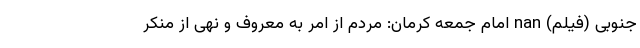
جنوبی (فیلم) nan امام جمعه کرمان: مردم از امر به معروف و نهی از منکر